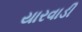
યારવાડી